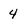
Character: 4